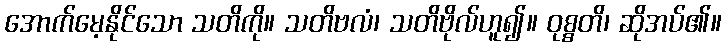
အောက်မေ့နိုင်သော သတိကို။ သတိဗလံ၊ သတိဗိုလ်ဟူ၍။ ဝုစ္စတိ၊ ဆိုအပ်၏။